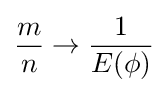
{\frac {m}{n}}\to {\frac {1}{E(\phi )}}